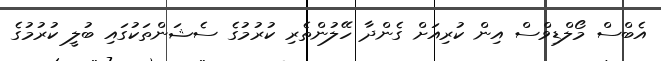
އެބްސް މޯލްޑިވްސް އިން ކުރިއަށް ގެންދާ ހޭލުންތެރި ކުރުމުގެ ސެޝަންތަކުގައި ބުލީ ކުރުމުގެ